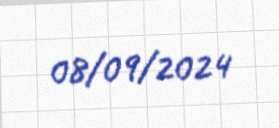
08/09/2024